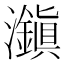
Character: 𤄱